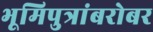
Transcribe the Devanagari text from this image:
भूमिपुत्रांबरोबर